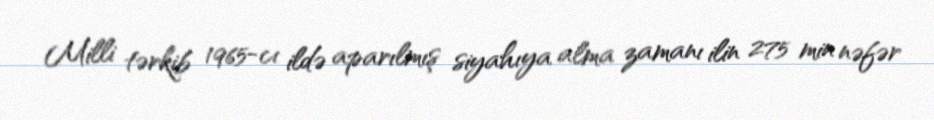
Milli tərkib 1965-cı ildə aparılmış siyahıya alma zamanı ilin 275 min nəfər